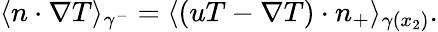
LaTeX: \langle n\cdot\nabla T\rangle_{\gamma^{-}}=\langle(uT-\nabla T)\cdot n_{+}\rangle_{\gamma(x_{2})}.